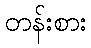
တန်းစား